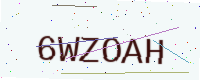
Text: 6WZOAH